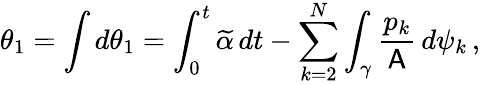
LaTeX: \theta_{1}=\int d\theta_{1}=\int_{0}^{t}\widetilde{\alpha}\, dt-\sum_{k=2}^{N}\int_{\gamma}\frac{p_{k}}{\mathsf{A}}\, d\psi_{k}\, ,